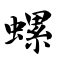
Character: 螺